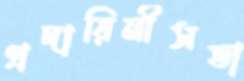
প্রদায়িনীসভা